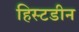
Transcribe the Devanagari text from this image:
हिस्टडीन